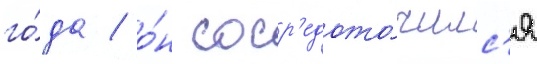
го́да / о́н соср'едото́чилс'я